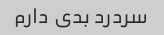
سردرد بدی دارم